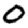
Digit: 0